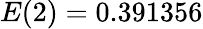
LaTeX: E(2)=0.391356